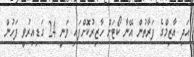
އަދި އާޒިމްގެ ފަރާތުން އޭނާ ކޯޓަށް ހާޒިރުކޮށްފައި ވަނީ 24 ގަޑިއިރުވީ ފަހުން